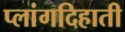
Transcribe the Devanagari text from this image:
प्लांगदिहाती